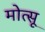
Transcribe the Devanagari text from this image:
मोत्सू